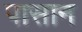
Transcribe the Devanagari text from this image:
पासान